Lunatic asylums in Bengal annual reports 1899-1911 - 1899-1911
Year: 1899
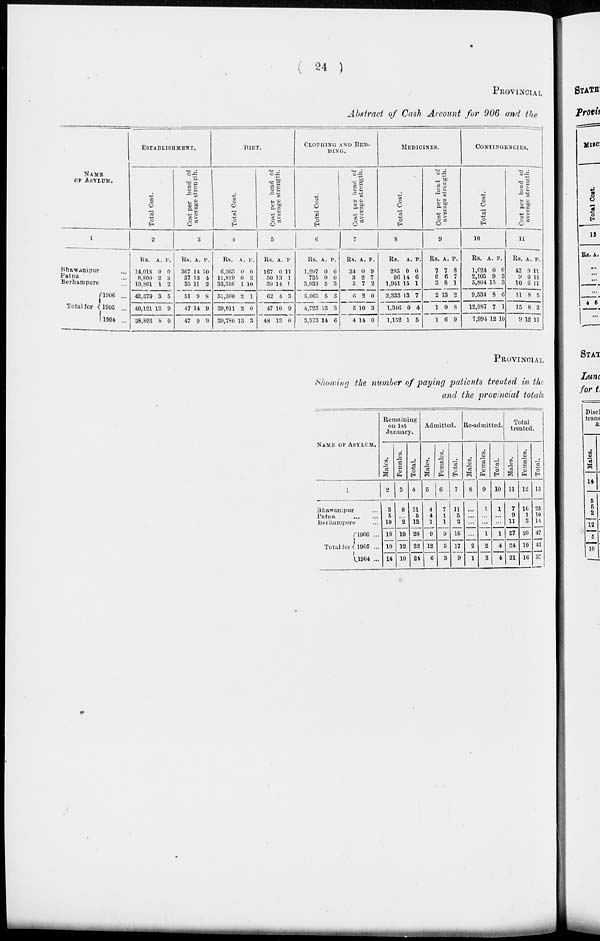
( 24 )
PROVINCIAL
Abstract of Cash Account for 906 and the
NAME
OF ASYLUM.
1
Bhawanipur ...
Patna ...
Berhampore ...
Total for
1906 ...
1905 ...
1904 ...
ESTABLISHMENT.
Total Cost.
2
Rs.
14,018
8,800
19,861
42,679
40,121
38,803
A.
0
2
1
3
12
8
P.
0
3
2
5
9
0
Cost per head of
average strength.
3
Rs.
367
37
35
51
47
47
A.
14
13
11
9
14
9
P.
10
4
2
8
9
9
DIET.
Total Cost.
4
Rs.
6,365
11,819
33,316
51,500
39,911
39,780
A.
0
0
1
2
2
13
P.
0
3
10
1
0
3
Cost per head of
average strength.
5
Rs.
167
50
59
62
47
48
A.
0
13
14
4
10
13
P.
11
1
1
3
9
0
CLOTHING AND BED-
DING.
Total Cost.
6
Rs.
1,297
735
3,033
5,065
4,723
3,973
A.
0
0
5
5
13
14
P.
0
0
3
3
3
6
Cost per head of
average strength.
7
Rs.
34
3
5
6
5
4
A.
0
2
7
2
10
14
P.
9
7
2
0
3
0
MEDICINES.
Total Cost.
8
Rs.
285
96
1,951
2,333
1,346
1,152
A.
0
14
15
13
0
1
P.
0
6
1
7
4
5
Cost per head of
average strength.
9
Rs.
7
0
3
2
1
1
A.
7
6
8
13
9
6
P.
8
7
1
2
8
9
CONTINGENCIES.
Total Cost.
10
Rs.
1,624
2,105
5,804
9,534
12,987
7,994
A.
0
9
15
8
7
12
P.
0
3
3
6
1
10
Cost per head of
average strength.
11
Rs.
42
9
10
11
15
9
A.
9
0
6
8
8
12
P.
11
11
11
5
2
11
PROVINCIAL
Showing the number of paying patients treated in the
and the provincial totals
NAME OF ASYLUM.
1
Bhawanipur ...
Patna
... ...
Berhampore ...
Total for
1906 ...
1905 ...
1904 ...
Remaining
on 1st
January.
Males.
2
3
5
10
18
10
14
Females.
3
8
...
2
10
12
10
Total.
4
11
5
12
28
22
24
Admitted.
Males.
5
4
4
1
9
12
6
Females.
6
7
1
1
9
5
3
Total.
7
11
5
2
18
17
9
Readmitted.
Males.
8
...
...
...
...
2
1
Females.
9
1
...
...
1
2
3
Total.
10
1
...
...
1
4
4
Total
treated.
Males.
11
7
9
11
27
24
21
Females.
12
16
1
3
20
19
16
Total.
13
23
10
14
47
43
37